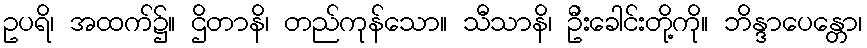
ဥပရိ၊ အထက်၌။ ဌိတာနိ၊ တည်ကုန်သော။ သီသာနိ၊ ဦးခေါင်းတို့ကို။ ဘိန္ဒာပေန္တော၊